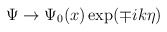
\begin{align*}\Psi \rightarrow \Psi _0(x)\exp (\mp ik\eta )\end{align*}